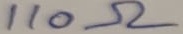
Text: 110Ω